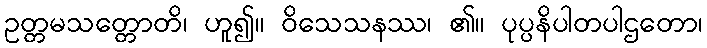
ဥတ္တမသတ္တောတိ၊ ဟူ၍။ ဝိသေသနဿ၊ ၏။ ပုပ္ပနိပါတပါဌတော၊